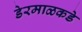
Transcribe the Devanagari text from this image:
डेरमाळकडे